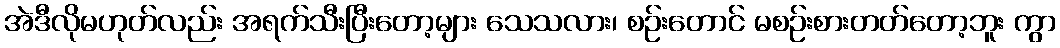
အဲဒီလိုမဟုတ်လည်း အရက်သီးပြီးတော့များ သေသလား၊ စဉ်းတောင် မစဉ်းစားတတ်တော့ဘူး ကွာ